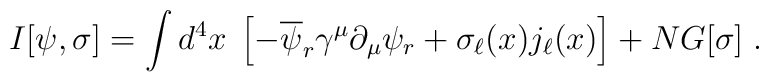
I[\psi,\sigma]=\int d^4x\;\left[-\overline{\psi}_r\gamma^\mu\partial_\mu\psi_r+\sigma_\ell(x)j_\ell(x)\right]+NG[\sigma]\;.